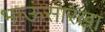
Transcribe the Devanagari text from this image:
भाऊंसारखा